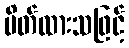
ပိတ်ထားသဖြင့်